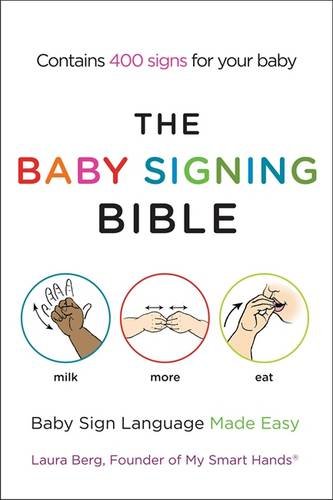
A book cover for The Baby Signing Bible: Baby Sign Language Made Easy; Laura Berg; Reference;